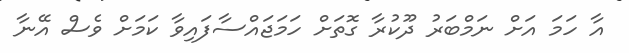
އާ ހަމަ އަށް ނަމްބަރު ދޫކުރާ ގޮތަށް ހަމަޖައްސާފައިވާ ކަމަށް ވެސް އޭނާ